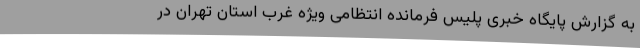
به گزارش پایگاه خبری پلیس فرمانده انتظامی ویژه غرب استان تهران در